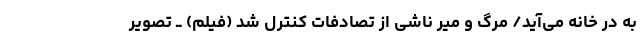
به در خانه می‌آید/ مرگ و میر ناشی از تصادفات کنترل شد (فیلم) ــ تصویر